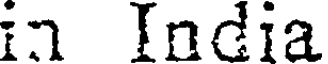
in India